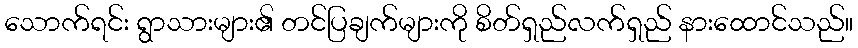
သောက်ရင်း ရွာသားများ၏ တင်ပြချက်များကို စိတ်ရှည်လက်ရှည် နားထောင်သည်။